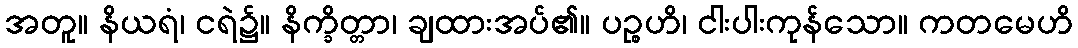
အတူ။ နိယရံ၊ ငရဲ၌။ နိက္ခိတ္တာ၊ ချထားအပ်၏။ ပဉ္စဟိ၊ ငါးပါးကုန်သော။ ကတမေဟိ